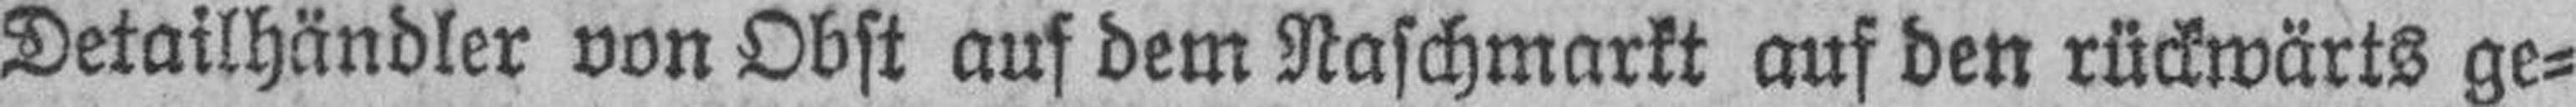
Detailhändler von Obst auf dem Naschmarkt auf den rückwärts ge¬